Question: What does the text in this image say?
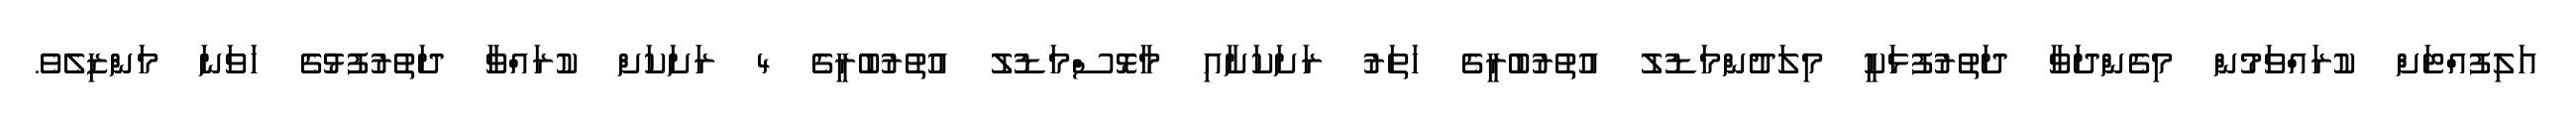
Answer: އަލިފުއްޓަށް ކުރައްވަމުން މިގެންދަވާ ދަތުރުފުޅަކީ މިލަދުންމަޑުލު އުތުރުބުރީގެ ހަތަރު ރަށަކަށާއި މާޅޮސްމަޑުލު އުތުރުބުރީގެ 4 ރަށަކަށް ކުރައްވާ ދަތުރުފުޅުގެ ހަވަނަ މަންޒިލެވެ.